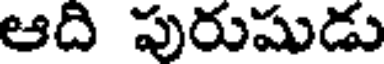
ఆది పురుషుడు